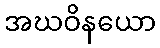
အဃဝိနယော